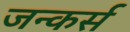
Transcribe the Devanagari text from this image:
जन्कर्स